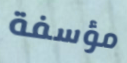
مؤسفة